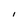
Character: I